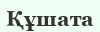
Құшата